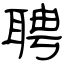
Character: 聘